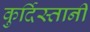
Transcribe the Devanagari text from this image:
कुर्दिस्तानी